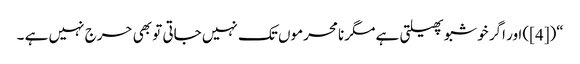
“([4]) اور اگر خوشبو پھیلتی ہے مگر نامحرموں تک نہیں جاتی تو بھی حرج نہیں ہے ۔